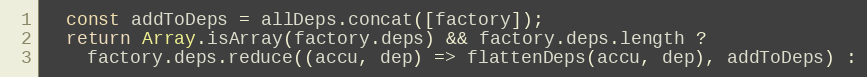
Language: JavaScript
  const addToDeps = allDeps.concat([factory]);
  return Array.isArray(factory.deps) && factory.deps.length ?
    factory.deps.reduce((accu, dep) => flattenDeps(accu, dep), addToDeps) :